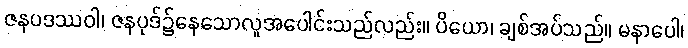
ဇနပဒဿဝါ၊ ဇနပုဒ်၌နေသောလူအပေါင်းသည်လည်း။ ပိယော၊ ချစ်အပ်သည်။ မနာပေါ၊